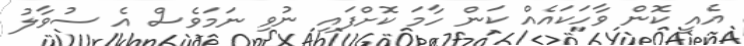
އެއީ ކޮން ވާހަކައެއް ކަން ހާމަ ކޮށްފައި ނުވި ނަމަވެސް އެ ސުވާލު